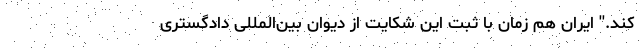
کند.'' ایران هم زمان با ثبت این شکایت از دیوان بین‌المللی دادگستری